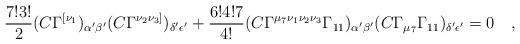
LaTeX: \begin{align*}\frac{7!3!}{2}(C\Gamma^{[\nu_1})_{\alpha{'}\beta{'}} (C\Gamma^{\nu_2\nu_3]})_{\delta{'}\epsilon{'}}+ \frac{6!4!7}{4!}(C\Gamma^{\mu_7\nu_1\nu_2\nu_3}\Gamma_{11})_{\alpha{'}\beta{'}} (C\Gamma_{\mu_7}\Gamma_{11})_{\delta{'}\epsilon{'}}=0\quad,\end{align*}